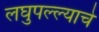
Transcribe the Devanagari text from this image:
लघुपल्ल्याचे